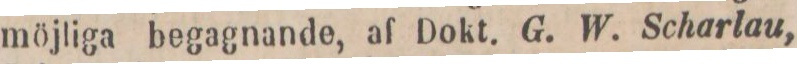
möjliga begagnande, af Dokt. G. W. Scharlau,